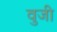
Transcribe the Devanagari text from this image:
वुजी